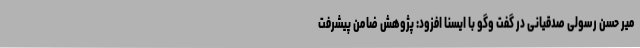
میر حسن رسولی صدقیانی در گفت وگو با ایسنا افزود: پژوهش ضامن پیشرفت